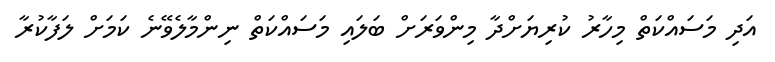
އަދި މަސައްކަތް މިހާރު ކުރިޔަށްދާ މިންވަރަށް ބަލައި މަސައްކަތް ނިންމާލެވޭނެ ކަމަށް ލަފާކުރާ